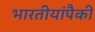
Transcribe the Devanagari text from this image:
भारतीयांपैकी